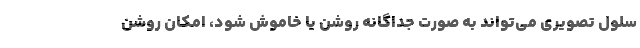
سلول تصویری می‌تواند به صورت جداگانه روشن یا خاموش شود، امکان روشن